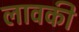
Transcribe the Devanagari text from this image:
लावकी